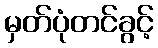
မှတ်ပုံတင်ခွင့်